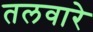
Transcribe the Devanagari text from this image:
तलवारे